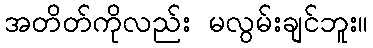
အတိတ်ကိုလည်း မလွမ်းချင်ဘူး။